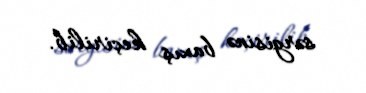
sərgisinə baxış keçirilib.